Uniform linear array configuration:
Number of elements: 8
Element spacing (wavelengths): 0.25
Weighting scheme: kaiser
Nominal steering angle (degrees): -15
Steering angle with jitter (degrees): -16.316
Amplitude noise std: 0.05
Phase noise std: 0.05

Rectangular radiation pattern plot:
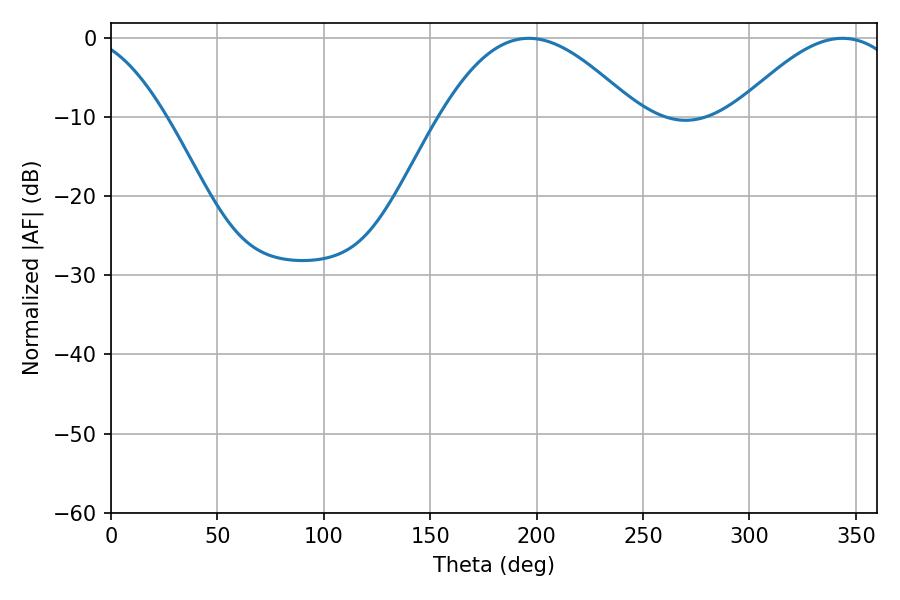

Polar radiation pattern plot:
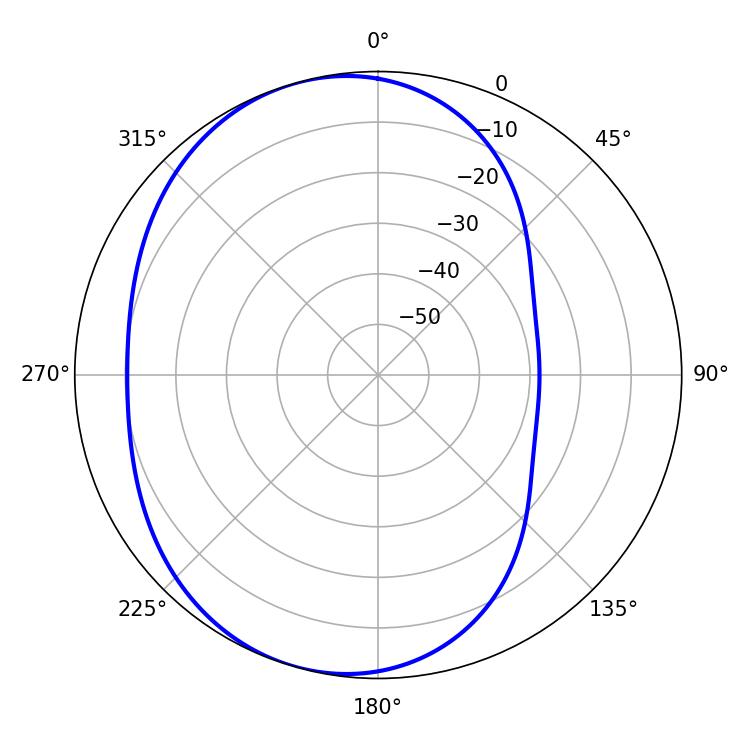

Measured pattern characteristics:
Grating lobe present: FALSE
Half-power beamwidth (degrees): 50.22
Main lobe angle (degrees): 196.38